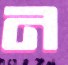
ন